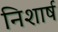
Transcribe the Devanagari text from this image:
निशार्ष